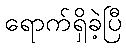
ရောက်ရှိခဲ့ပြီ